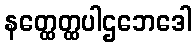
နတ္ထေတ္ထပါဌဘေဒေါ